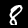
Digit: 8